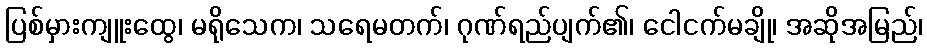
ပြစ်မှားကျူးထွေ၊ မရိုသေက၊ သရေမတက်၊ ဂုဏ်ရည်ပျက်၏၊ ငေါငက်မချို၊ အဆိုအမြည်၊